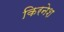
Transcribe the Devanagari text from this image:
किरनेश